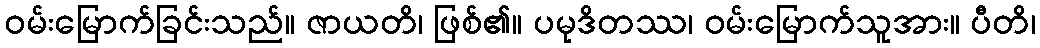
ဝမ်းမြောက်ခြင်းသည်။ ဇာယတိ၊ ဖြစ်၏။ ပမုဒိတဿ၊ ဝမ်းမြောက်သူအား။ ပီတိ၊